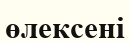
өлексені